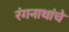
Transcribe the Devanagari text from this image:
रंगनाथांचे